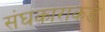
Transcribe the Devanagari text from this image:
संघकाराकडे